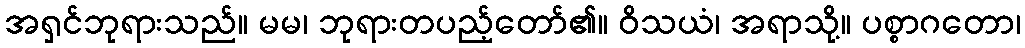
အရှင်ဘုရားသည်။ မမ၊ ဘုရားတပည့်တော်၏။ ဝိသယံ၊ အရာသို့။ ပစ္စာဂတော၊